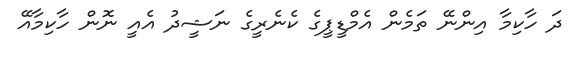
ދަ ހާކިމާ އިންނޭ ތަމެން އެމްޑީޕީގެ ކެނެރީގެ ނަޝީދު އެއީ ނޮން ހާކިމާއޭ